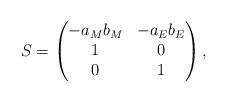
LaTeX: \begin{align*} S = \begin{pmatrix} -a_M b_M & - a_E b_E \\ 1 & 0 \\ 0 & 1 \end{pmatrix},\end{align*}